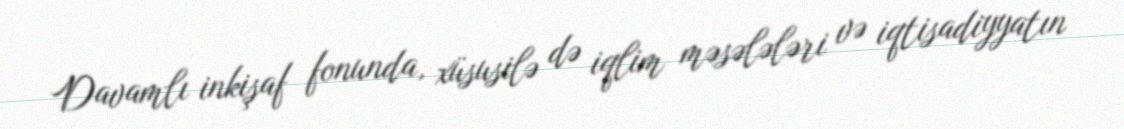
Davamlı inkişaf fonunda, xüsusilə də iqlim məsələləri və iqtisadiyyatın